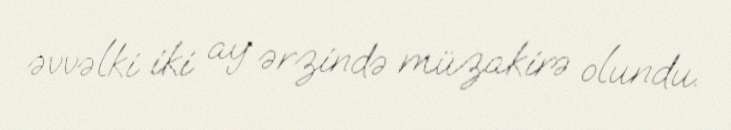
əvvəlki iki ay ərzində müzakirə olundu.